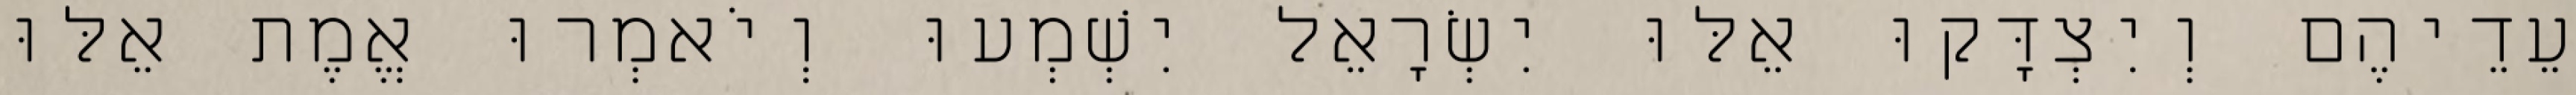
עֵדֵיהֶם וְיִצְדָּקוּ אֵלּוּ יִשְׂרָאֵל יִשְׁמְעוּ וְיֹאמְרוּ אֱמֶת אֵלּוּ